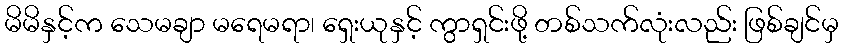
မိမိနှင့်က သေမချာ မရေမရာ၊ ရှေးယုနှင့် ကွာရှင်းဖို့ တစ်သက်လုံးလည်း ဖြစ်ချင်မှ